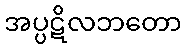
အပ္ပဋိလဘတော